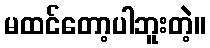
မထင်တော့ပါဘူးတဲ့။